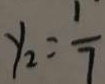
y _ { 2 } = \frac { 1 } { 7 }